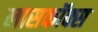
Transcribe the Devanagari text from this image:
लासकॉक्स